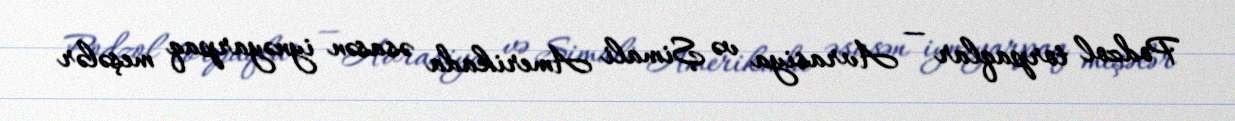
Podzol torpaqlar — Avrasiya və Şimali Amerikada əsasən iynəyarpaq meşələr